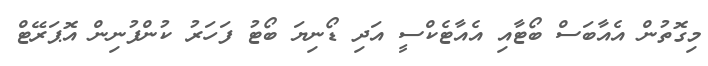
މިގޮތުން އެއާބަސް ބޯޓާއި އެއާޓެކްސީ އަދި ޑޯނިޔަ ބޯޓު ފަހަރު ކުންފުނިން އޮޕަރޭޓް